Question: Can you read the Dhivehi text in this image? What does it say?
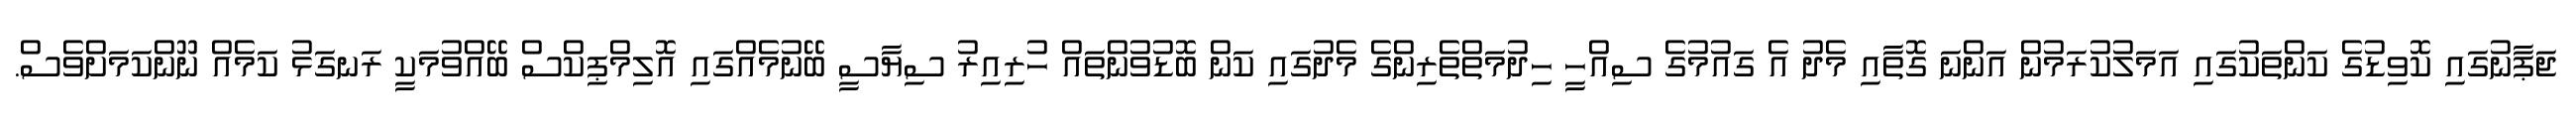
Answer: ޖަޕާނުގައި ކޮވިޑުގެ ކަންތަކުގައި އަމަލުކުރަމުން އަންނަ ގޮތާއި މެދު އެ ގައުމުގެ ސިއްހީ ހިދުމަތްތެރިންގެ މެދުގައި ކަން ބޮޑުވުންތައް ހުރިއިރު ސިޔާސީ ބޭނުމެއްގައި އޮލިމްޕިކްސް ބޭއްވުމަކީ ރަނގަޅު ކަމެއް ނޫންކަމަށްވެސް.